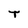
Character: T